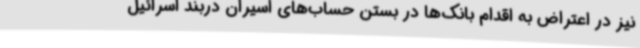
نیز در اعتراض به اقدام بانک‌ها در بستن حساب‌های اسیران دربند اسرائیل